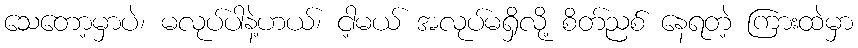
သေတော့မှာပဲ၊ မလုပ်ပါနဲ့ဟယ်၊ ငါ့မယ် အလုပ်မရှိလို့ စိတ်ညစ် နေရတဲ့ ကြားထဲမှာ